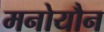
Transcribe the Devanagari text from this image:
मनोयौन